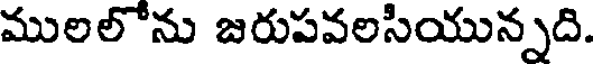
ములలోను జరుపవలసియున్నది.